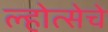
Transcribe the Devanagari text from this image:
ल्होत्सेचे